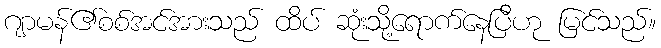
ဂျာမန်၏စစ်အင်အားသည် ထိပ် ဆုံးသို့ရောက်နေပြီဟု မြင်သည်။